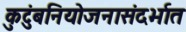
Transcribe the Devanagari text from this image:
कुटुंबनियोजनासंदर्भात